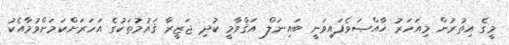
މީގެ އިތުރުން މިއަހަރު ޚާއްޞަވެފައިވަނީ ބައިނަލް އަޤްވާމީ ކުދި ޖަޒީރާ ޤައުމުތަކުގެ އަހަރަށްކަމަށްވުމާއެކު